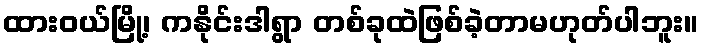
ထားဝယ်မြို့၊ ကနိုင်းဒါရွာ တစ်ခုထဲဖြစ်ခဲ့တာမဟုတ်ပါဘူး။